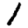
Digit: 1